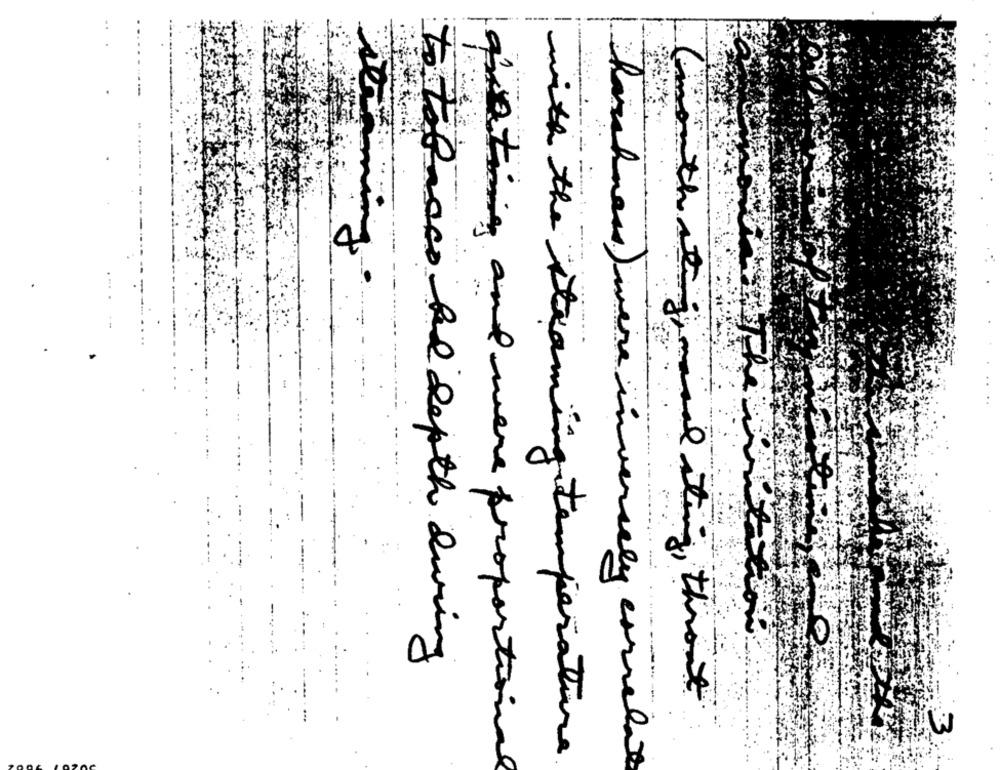
many
to tabaco he depth during
--------
( month stig masal sting , throat
queting and were proportion
W
with the streaming temperature
Tinhaes ) were inversely correlate